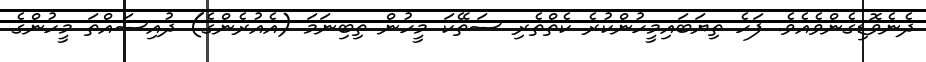
ދެނެވޮޑިގެންވެއެވެ. ފަހެ ތިޔަބައިމީހުންކުރެ ކެތްތެރި ސަތޭކަ މީހުން ތިބިނަމަ (އެއުރެންގެ) ދުއިސައްތަ މީހުންގެ